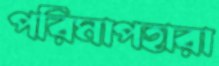
পরিমাপহারা